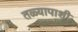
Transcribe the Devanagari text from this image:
तळ्यापाशी